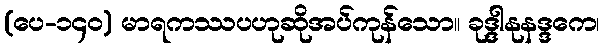
(ပေ-၁၄၀) မာရကဿပဟုဆိုအပ်ကုန်သော။ ခုဒ္ဒါနုနဒ္ဒကေ၊